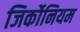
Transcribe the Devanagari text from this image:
जिर्कोनियम